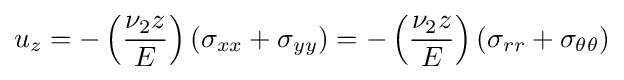
u_{z}=-\left({\frac {\nu _{2}z}{E}}\right)(\sigma _{xx}+\sigma _{yy})=-\left({\frac {\nu _{2}z}{E}}\right)(\sigma _{rr}+\sigma _{\theta \theta })